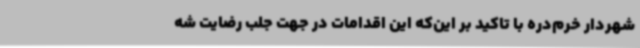
شهردار خرم‌دره با تاکید بر این‌که این اقدامات در جهت جلب رضایت شه